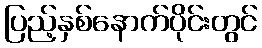
ပြည့်နှစ်နောက်ပိုင်းတွင်